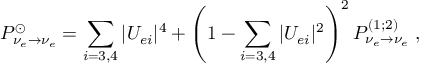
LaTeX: P _ { \nu _ { e } \rightarrow \nu _ { e } } ^ { \odot } = \sum _ { i = 3 , 4 } | U _ { e i } | ^ { 4 } + \left( 1 - \sum _ { i = 3 , 4 } | U _ { e i } | ^ { 2 } \right) ^ { 2 } P _ { \nu _ { e } \rightarrow \nu _ { e } } ^ { ( 1 ; 2 ) } \; ,